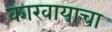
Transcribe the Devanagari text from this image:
कारवायाचा